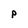
Character: P